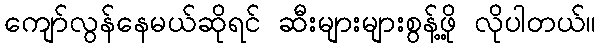
ကျော်လွန်နေမယ်ဆိုရင် ဆီးများများစွန့်ဖို့ လိုပါတယ်။